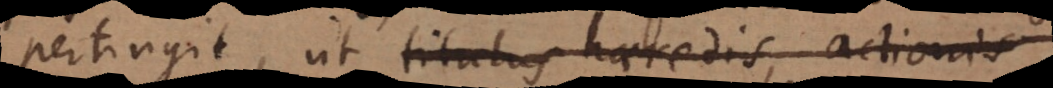
pertingit, ut titulus haeredis, actionis,